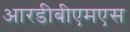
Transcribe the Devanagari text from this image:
आरडीबीएमएस